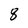
Character: 8